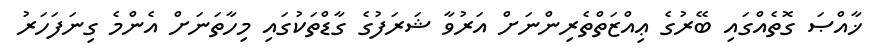
ޚާއްޞަ ގޮތެއްގައި ބޭރުގެ ޢިއްޒަތްތެރިންނަށް އަރުވާ ޝަރަފުގެ ގާޑްތަކުގައި މިހާތަނަށް އެންމެ ގިނަފަހަރު